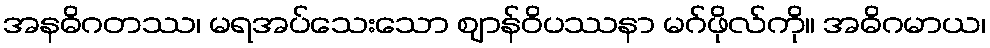
အနဓိဂတဿ၊ မရအပ်သေးသော ဈာန်ဝိပဿနာ မဂ်ဖိုလ်ကို။ အဓိဂမာယ၊